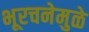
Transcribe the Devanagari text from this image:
भूरचनेमुळे